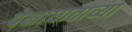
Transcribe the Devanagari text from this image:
पक्षाघाताच्या